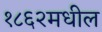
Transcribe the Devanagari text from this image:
१८६२मधील